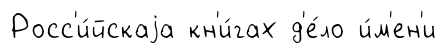
Росс'и́йскаjа кн'и́гах д'е́ло и́м'ен'и